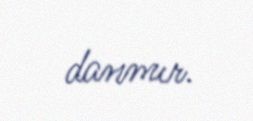
danmır.